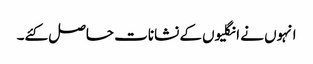
انہوں نے انگلیوں کے نشانات حاصل کئے۔